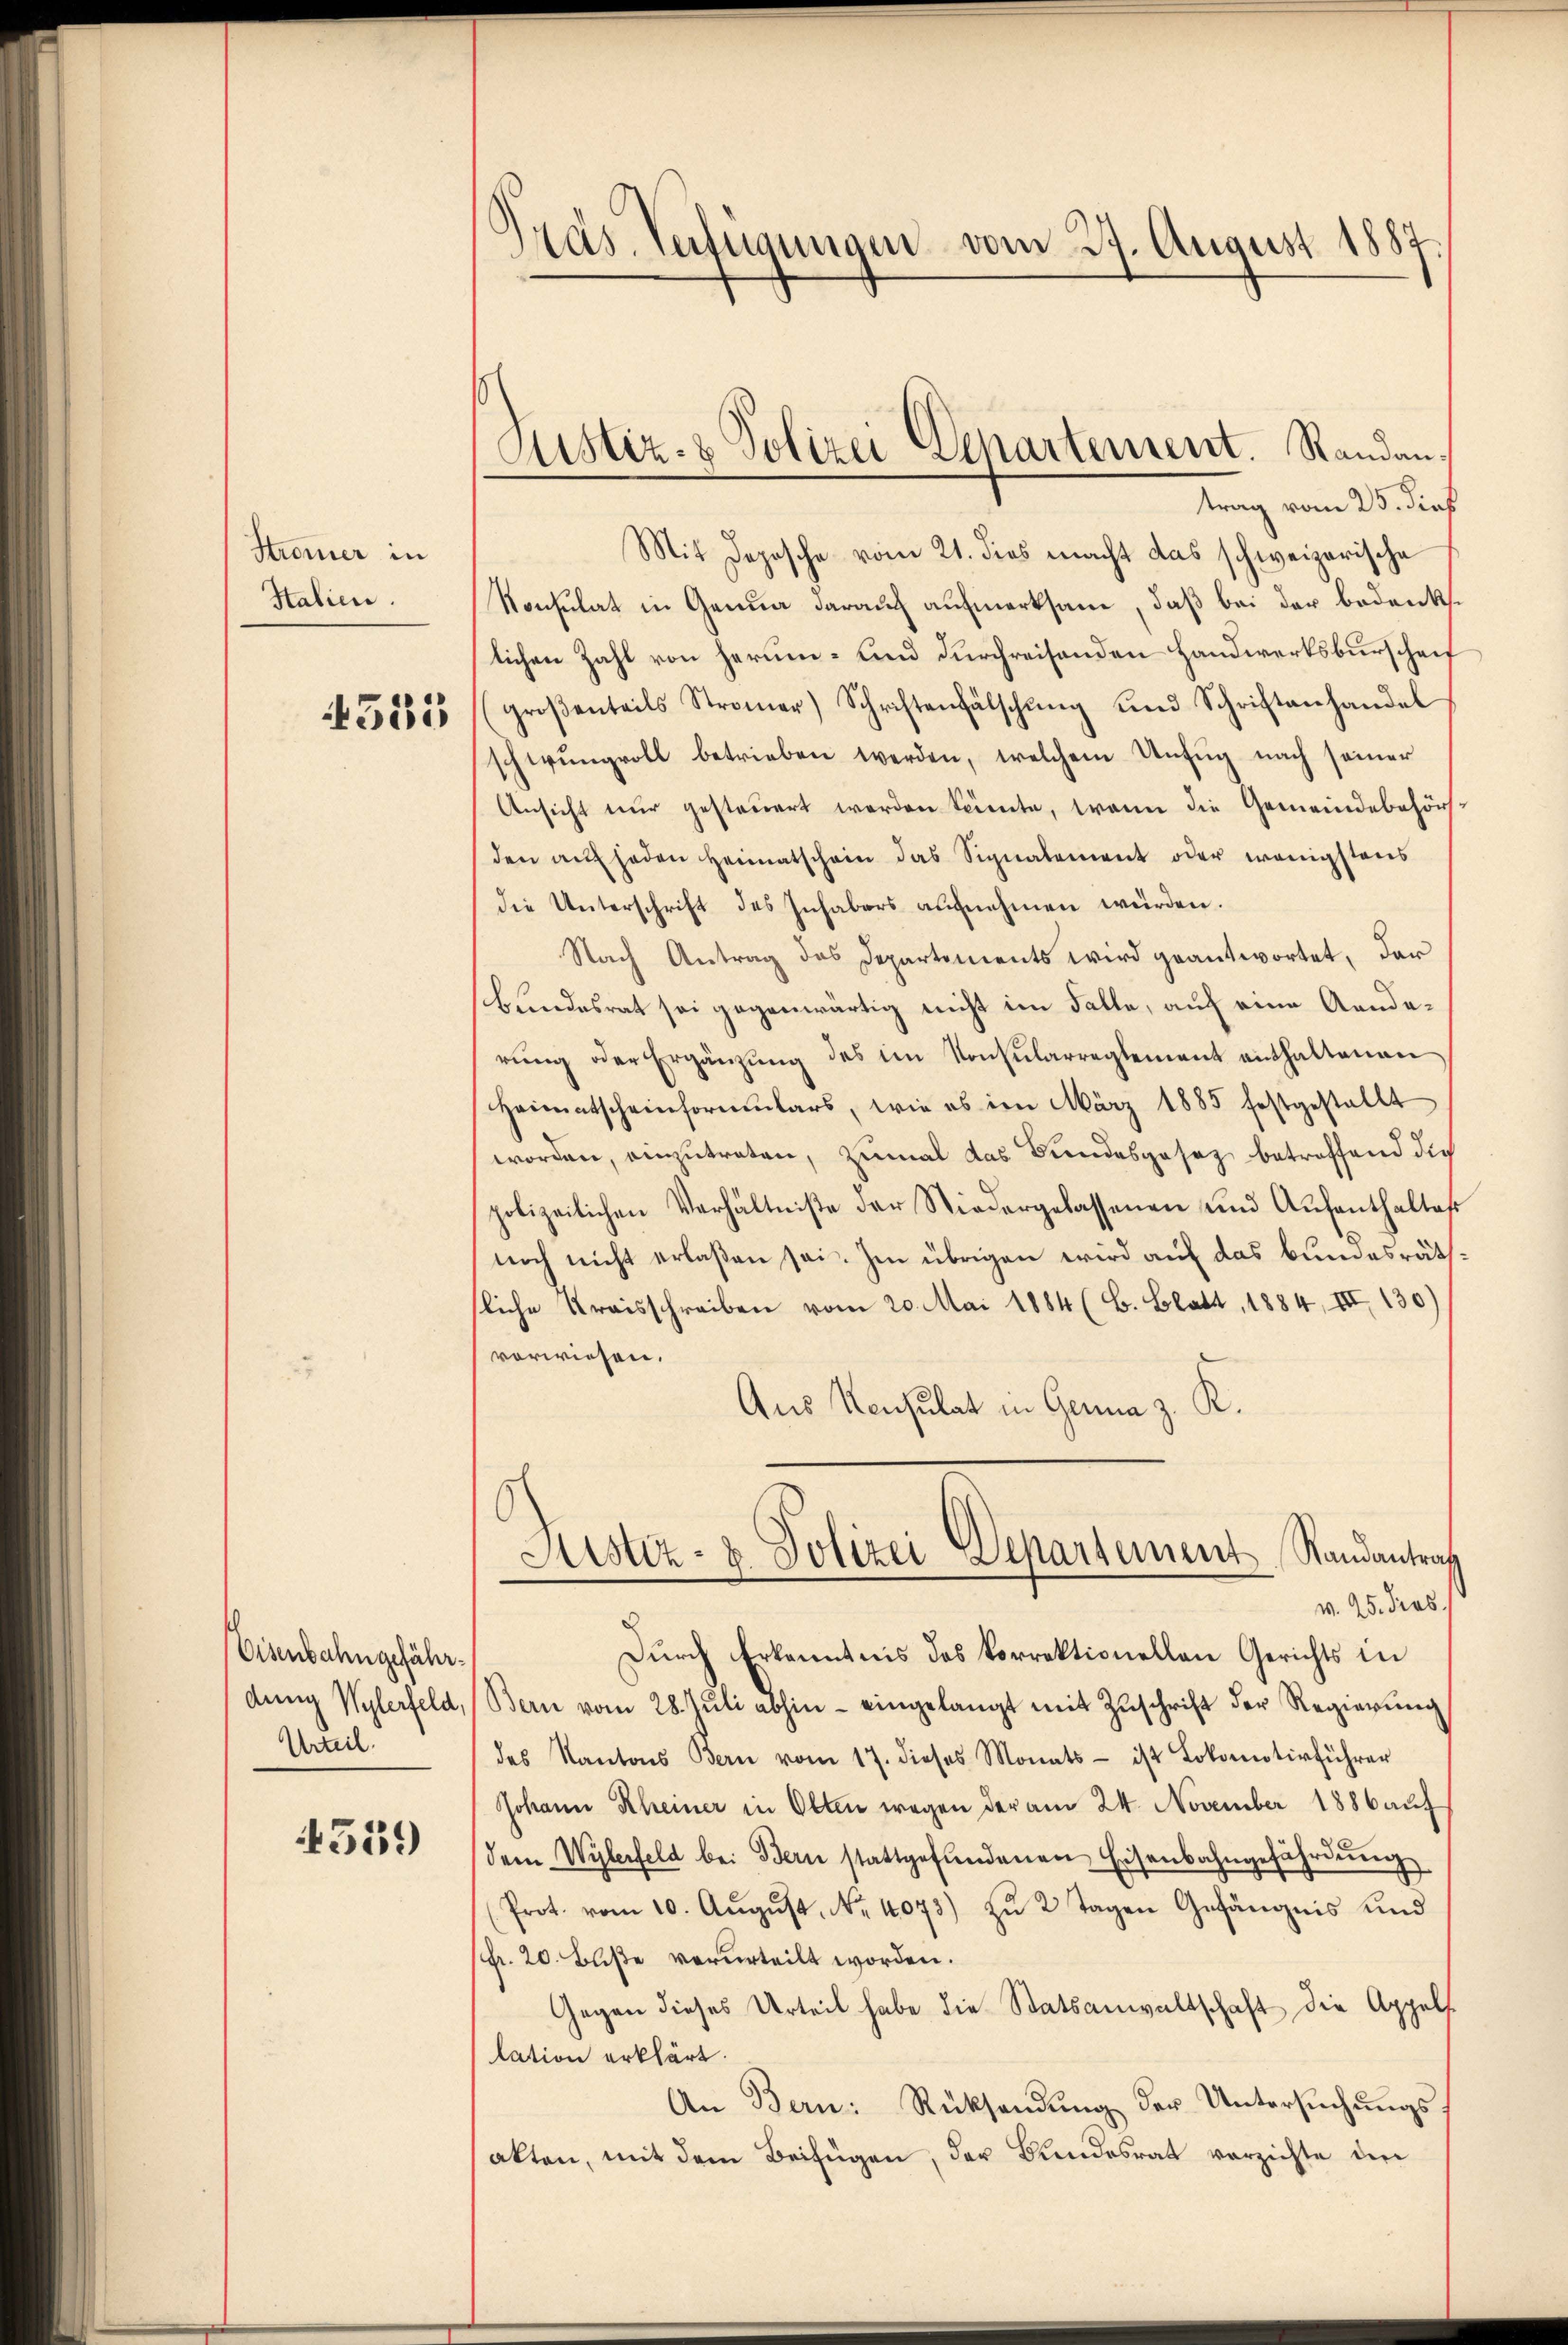
Stromer in
Italien.

4535

Eisenbahngefähr¬
Urteil.

4559

Gras Verfügungen vom 27. August 1887

Custiz- & Polizei Departement. Randan¬

trag vom 25. dieß
Mit Depesche vom 21. dies macht das schweizerische
Konsulat in Genua darauf aufmerksam, daß bei der bedenke
lichen Zahl von herum- und durchreisenden Handwerksburschrif
groβenteils Stromer) Schriftenfälschŭng und Schriftenhandel
schwungvoll betrieben werden, welchem Unfug nach seiner
Ansicht nur gesteŭert werden könnte, wann die Gemeindebehörs-
den auf haden Heimatschein das Signalement oder wenigstens
die Unterschrift des Inhabers aufnehmen würden.
Nach Antrag das Departements wird geantwortet, der
bundesrat sei gegenwärtig nicht im Falle, auf eine Aenderŭng oder Ergänzŭng des im Konsularreglement enthaltenen
Heimatscheinformulars, wie es im März 1885 festgestellt
worden, einzŭtreten, zumal das Bundesgesez betreffend die
polizeilichen Verhältniße der Niedergelassenen und Aŭfenthalter
noch nicht erlaßen sei. Im übrigen wird auf das Bundesräthsliche Kraisschreiben vom 20. Mai 1884 (B. Blatt, 1884, III 130)
vorwiesen.
Aus Konsulat in Germa z. R.
Justiz- & Polizei Departement Randantrag
v. 25. dies
Durch Erkenntnis des korrektionellen Gerichts in
dŭng Wylerfeld, Bern vom 28. Jŭli abhin eingelangt mit Zŭschrift der Regierŭng
des Kantons Bern vom 17. dieses Monats- ist Lokomotivführer
Johann Rheiner in Olten wegen der am 24. November 1886 aŭf
dem Wylerfeld bei Bern stattgefŭndenen Eisenbahngefährdŭng
Prot. vom 10. Aŭgŭst No. 4073) zu 2 Tagen Gefängnis und
fr. 20. Bŭβe verurteilt worden.
Gegen dieses Urteil habe die Statsanwaltschaft die Appels
lation erklärt.
An Bern: Rücksendŭng der Untersŭchŭngsakten, mit dem Beifügen, der Bundesrat verzichte den